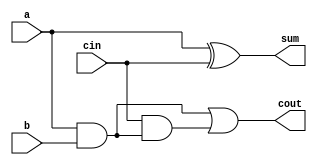
module full_adder7(a,b,cin,sum,cout);
input a,b,cin;
output sum,cout;
assign sum = a^1'b0^cin;
assign cout = a&b|cin&(a&b); 
// initial begin
//     $display("The incorrect adder with xor0 having in2/0");
// end   
endmodule